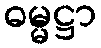
ဓမ္မဋ္ဌာ